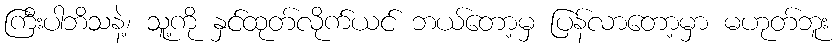
ကြီးပါဘိသနဲ့၊ သူ့ကို နှင်ထုတ်လိုက်ယင် ဘယ်တော့မှ ပြန်လာတော့မှာ မဟုတ်ဘူး